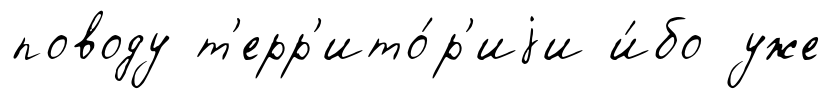
поводу т'ерр'ито́р'иjи и́бо уже